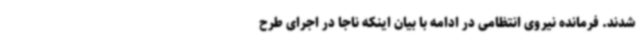
شدند. فرمانده نیروی انتظامی در ادامه با بیان اینکه ناجا در اجرای طرح